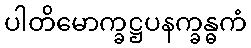
ပါတိမောက္ခဋ္ဌပနက္ခန္ဓကံ